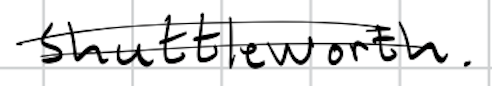
Text: Shuttleworth.
Cross-out: double-line
Writing tool: digital_black